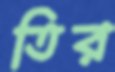
তির